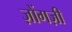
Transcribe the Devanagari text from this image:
ज़ोंगज़ी